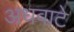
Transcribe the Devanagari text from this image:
अधवाटे